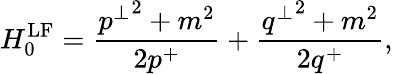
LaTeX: H_{0}^{\mathrm{LF}}=\frac{{p^{\perp}}^{2}+m^{2}}{2p^{+}}+\frac{{q^{\perp}}^{2}+m^{2}}{2q^{+}},